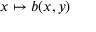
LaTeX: x \mapsto b ( x , y )